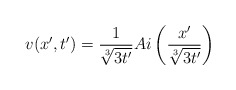
\begin{align*} v(x',t')=\frac{1}{\sqrt[3]{3t'}}Ai\left(\frac{x'}{\sqrt[3]{3t'}}\right) \end{align*}